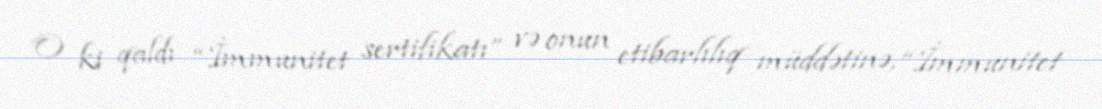
O ki qaldı “İmmunitet sertifikatı” və onun etibarlılıq müddətinə, “İmmunitet